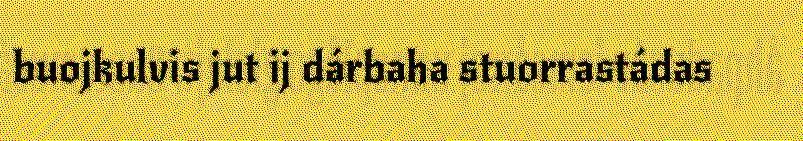
buojkulvis jut ij dárbaha stuorrastádas